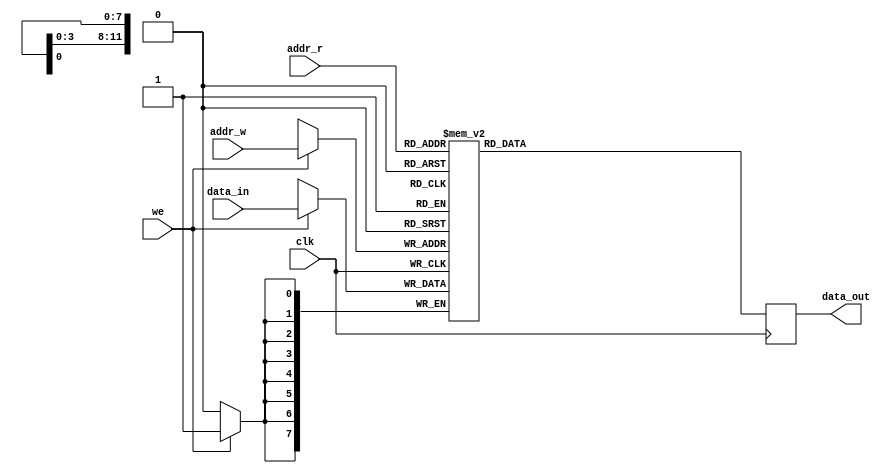
/*
  Copyright (c) 2015, miya
  All rights reserved.

  Redistribution and use in source and binary forms, with or without modification, are permitted provided that the following conditions are met:

  1. Redistributions of source code must retain the above copyright notice, this list of conditions and the following disclaimer.

  2. Redistributions in binary form must reproduce the above copyright notice, this list of conditions and the following disclaimer in the documentation and/or other materials provided with the distribution.

  THIS SOFTWARE IS PROVIDED BY THE COPYRIGHT HOLDERS AND CONTRIBUTORS "AS IS" AND ANY EXPRESS OR IMPLIED WARRANTIES, INCLUDING, BUT NOT LIMITED TO, THE IMPLIED WARRANTIES OF MERCHANTABILITY AND FITNESS FOR A PARTICULAR PURPOSE ARE DISCLAIMED.
  IN NO EVENT SHALL THE COPYRIGHT OWNER OR CONTRIBUTORS BE LIABLE FOR ANY DIRECT, INDIRECT, INCIDENTAL, SPECIAL, EXEMPLARY, OR CONSEQUENTIAL DAMAGES (INCLUDING, BUT NOT LIMITED TO,
  PROCUREMENT OF SUBSTITUTE GOODS OR SERVICES; LOSS OF USE, DATA, OR PROFITS; OR BUSINESS INTERRUPTION) HOWEVER CAUSED AND ON ANY THEORY OF LIABILITY, WHETHER IN CONTRACT, STRICT LIABILITY, OR TORT (INCLUDING NEGLIGENCE OR OTHERWISE) ARISING IN ANY WAY OUT OF THE USE OF THIS SOFTWARE, EVEN IF ADVISED OF THE POSSIBILITY OF SUCH DAMAGE.
*/

// ver. 2024/06/01

module rw_port_ram
  #(
    parameter DATA_WIDTH = 8,
    parameter ADDR_WIDTH = 12,
    parameter RAM_TYPE = "auto"
    )
  (
   input wire                    clk,
   input wire [(ADDR_WIDTH-1):0] addr_r,
   input wire [(ADDR_WIDTH-1):0] addr_w,
   input wire [(DATA_WIDTH-1):0] data_in,
   input wire                    we,
   output reg [(DATA_WIDTH-1):0] data_out
   );

  generate
    if (RAM_TYPE == "xi_distributed")
      begin: gen
        (* ram_style = "distributed" *) reg [DATA_WIDTH-1:0] ram [0:(1 << ADDR_WIDTH)-1];
        always @(posedge clk)
          begin
            data_out <= ram[addr_r];
            if (we)
              begin
                ram[addr_w] <= data_in;
              end
          end
      end
    else if (RAM_TYPE == "xi_block")
      begin: gen
        (* ram_style = "block" *) reg [DATA_WIDTH-1:0] ram [0:(1 << ADDR_WIDTH)-1];
        always @(posedge clk)
          begin
            data_out <= ram[addr_r];
            if (we)
              begin
                ram[addr_w] <= data_in;
              end
          end
      end
    else if (RAM_TYPE == "xi_register")
      begin: gen
        (* ram_style = "register" *) reg [DATA_WIDTH-1:0] ram [0:(1 << ADDR_WIDTH)-1];
        always @(posedge clk)
          begin
            data_out <= ram[addr_r];
            if (we)
              begin
                ram[addr_w] <= data_in;
              end
          end
      end
    else if (RAM_TYPE == "xi_ultra")
      begin: gen
        (* ram_style = "ultra" *) reg [DATA_WIDTH-1:0] ram [0:(1 << ADDR_WIDTH)-1];
        always @(posedge clk)
          begin
            data_out <= ram[addr_r];
            if (we)
              begin
                ram[addr_w] <= data_in;
              end
          end
      end
    else if (RAM_TYPE == "al_logic")
      begin: gen
        (* ramstyle = "logic" *) reg [DATA_WIDTH-1:0] ram [0:(1 << ADDR_WIDTH)-1];
        always @(posedge clk)
          begin
            data_out <= ram[addr_r];
            if (we)
              begin
                ram[addr_w] <= data_in;
              end
          end
      end
    else if (RAM_TYPE == "al_mlab")
      begin: gen
        (* ramstyle = "MLAB" *) reg [DATA_WIDTH-1:0] ram [0:(1 << ADDR_WIDTH)-1];
        always @(posedge clk)
          begin
            data_out <= ram[addr_r];
            if (we)
              begin
                ram[addr_w] <= data_in;
              end
          end
      end
    else
      begin: gen
        reg [DATA_WIDTH-1:0] ram [0:(1 << ADDR_WIDTH)-1];
        always @(posedge clk)
          begin
            data_out <= ram[addr_r];
            if (we)
              begin
                ram[addr_w] <= data_in;
              end
          end
      end
  endgenerate

endmodule